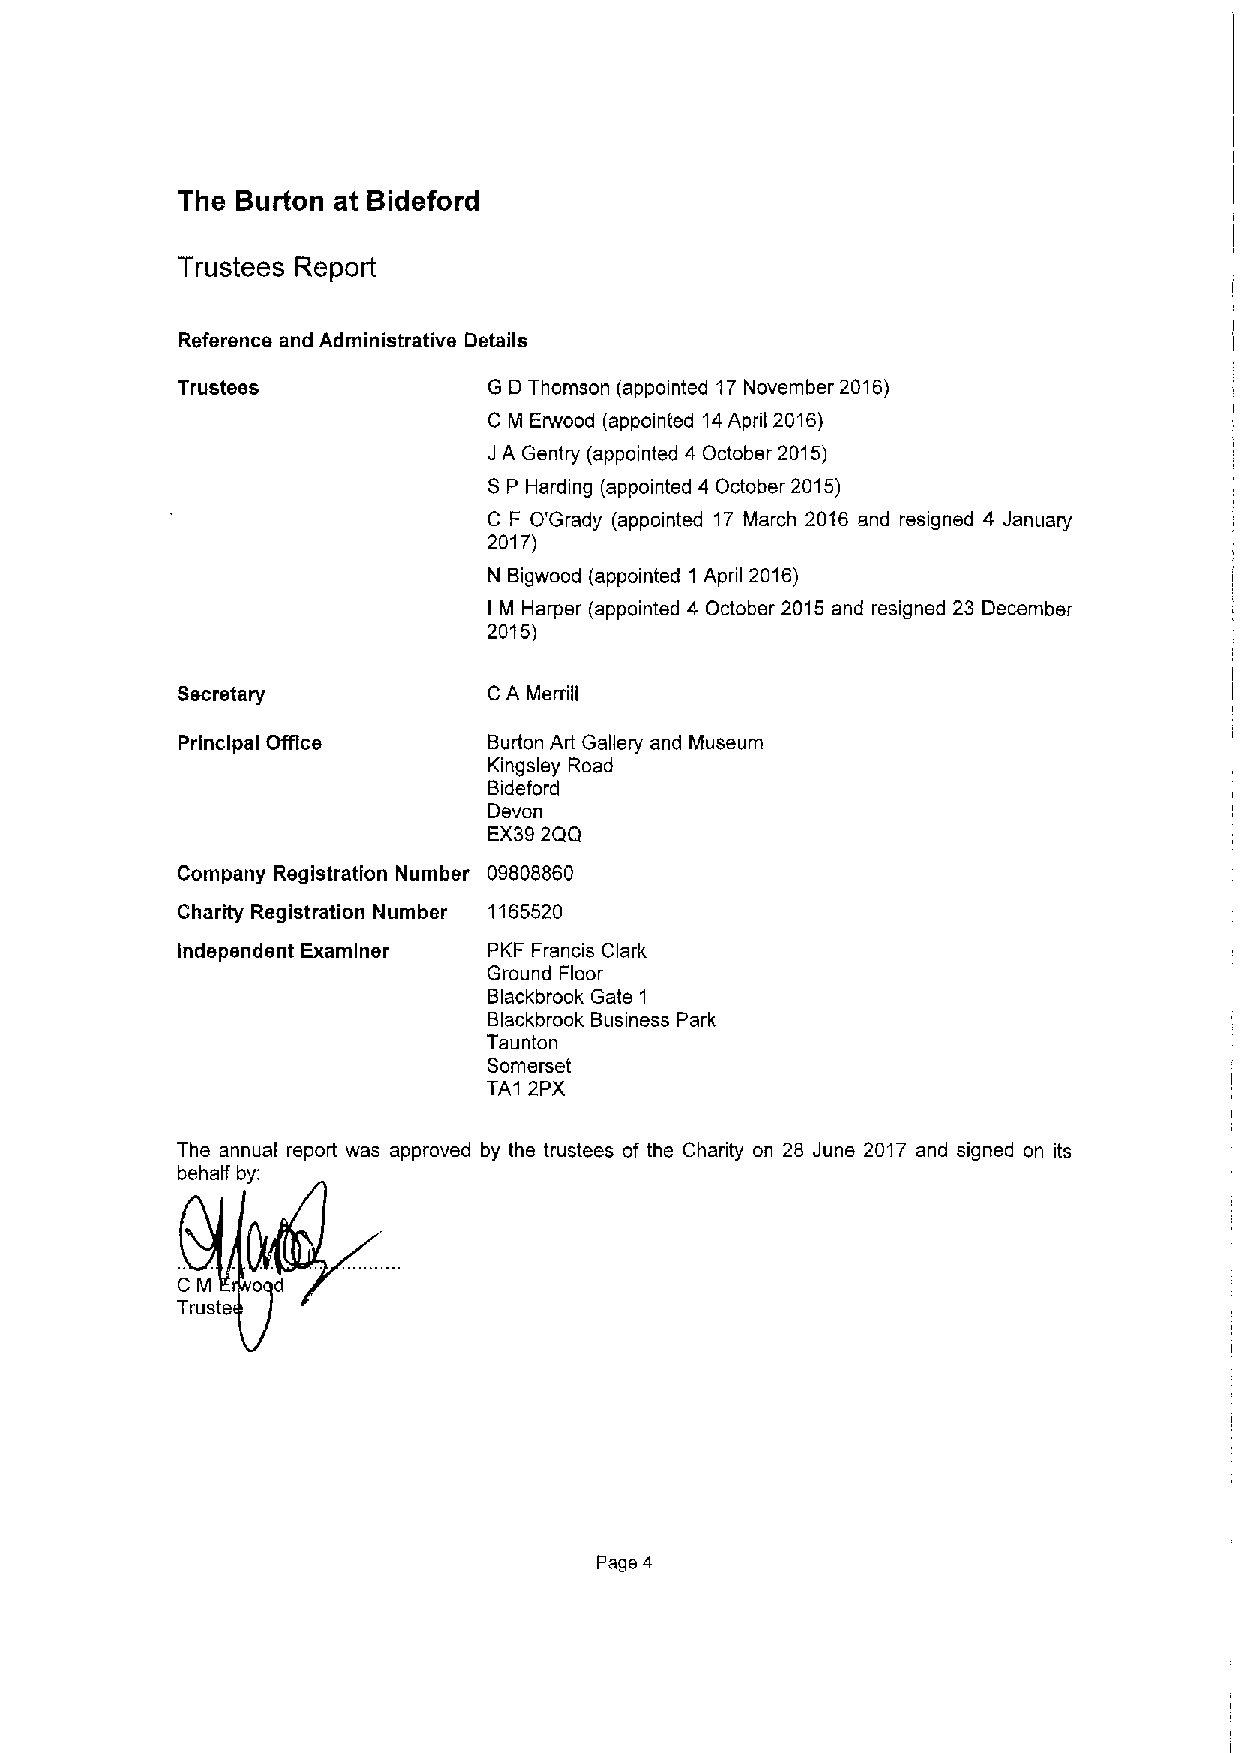
The Burton at Bideford
 Trustees Report
 Reference and Administrative Details
 Trustees            G D Thomson (appointed 17November 2016)
 C M Erwood (appointed 14April 2016)
 J A Gentry (appointed 4 October 2015)
 S P Harding (appointed 4 October 2015)
 C F O'Grady (appointed 17 March 2016 and resigned 4 January
 2017)
 N Bigwood (appointed 1 April 2016)
 I M Harper (appointed 4 October 2015 and resigned 23 December
 2015)
 Secretary           C A Merrill
 Principal Offic     Burton Art Gallery and Museum
 Kingsley Road
 Bideford
 Devon
 EX392QQ
 Company Registration Number 09808860
 Charity Registration Number 1165520
 Independent Examiner PKF Francis Clark
 Ground Floor
 Blackbrook Gate 1
 Blackbrook Business Park
 Taunton
 Somerset
 TA1 2PX
 The annual report was approved by the trustees of the Charity on 28 June 2017 and signed on its
 behalf by:
 od
 CM
 Truate
 Page 4